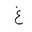
Letter: _gayn